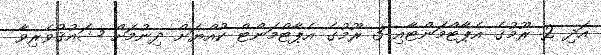
އަދި 2 ރޫމުގެ އެޕާޓްމަންޓާއި 3 ރޫމުގެ އެޕާޓްމަންޓް ކުއްޔަށް ދިނުމަށް ޝައުޤުވެރިވާ